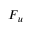
\boldsymbol { F } _ { u }